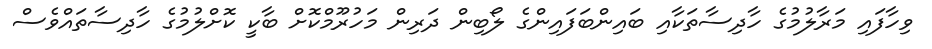
ވިހާފައި މަރާލުމުގެ ހާދިސާތަކާއި ބައިންބަފައިންގެ ލޯބިން ދަރިން މަހުރޫމްކޮށް ބާކީ ކޮށްލުމުގެ ހާދިސާތައްވެސް